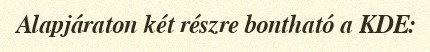
Alapjáraton két részre bontható a KDE: